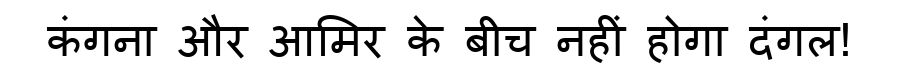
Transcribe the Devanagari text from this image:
कंगना और आमिर के बीच नहीं होगा दंगल!